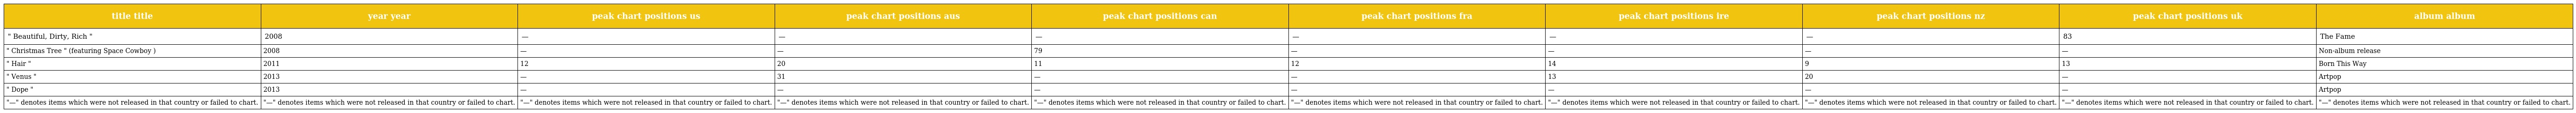
| title title | year year | peak chart positions us | peak chart positions aus | peak chart positions can | peak chart positions fra | peak chart positions ire | peak chart positions nz | peak chart positions uk | album album |
 | --- | --- | --- | --- | --- | --- | --- | --- | --- | --- |
 | " Beautiful, Dirty, Rich " | 2008 | — | — | — | — | — | — | 83 | The Fame |
 | " Christmas Tree " (featuring Space Cowboy ) | 2008 | — | — | 79 | — | — | — | — | Non-album release |
 | " Hair " | 2011 | 12 | 20 | 11 | 12 | 14 | 9 | 13 | Born This Way |
 | " Venus " | 2013 | — | 31 | — | — | 13 | 20 | — | Artpop |
 | " Dope " | 2013 | — | — | — | — | — | — | — | Artpop |
 | "—" denotes items which were not released in that country or failed to chart. | "—" denotes items which were not released in that country or failed to chart. | "—" denotes items which were not released in that country or failed to chart. | "—" denotes items which were not released in that country or failed to chart. | "—" denotes items which were not released in that country or failed to chart. | "—" denotes items which were not released in that country or failed to chart. | "—" denotes items which were not released in that country or failed to chart. | "—" denotes items which were not released in that country or failed to chart. | "—" denotes items which were not released in that country or failed to chart. | "—" denotes items which were not released in that country or failed to chart. |